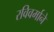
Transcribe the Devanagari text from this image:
रविवर्माने